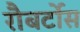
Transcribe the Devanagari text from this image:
रौबर्टोस